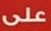
على